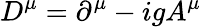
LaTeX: D^{\mu}=\partial^{\mu}-igA^{\mu}